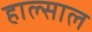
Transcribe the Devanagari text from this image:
हाल्साल